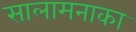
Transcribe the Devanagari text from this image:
सालामनाका